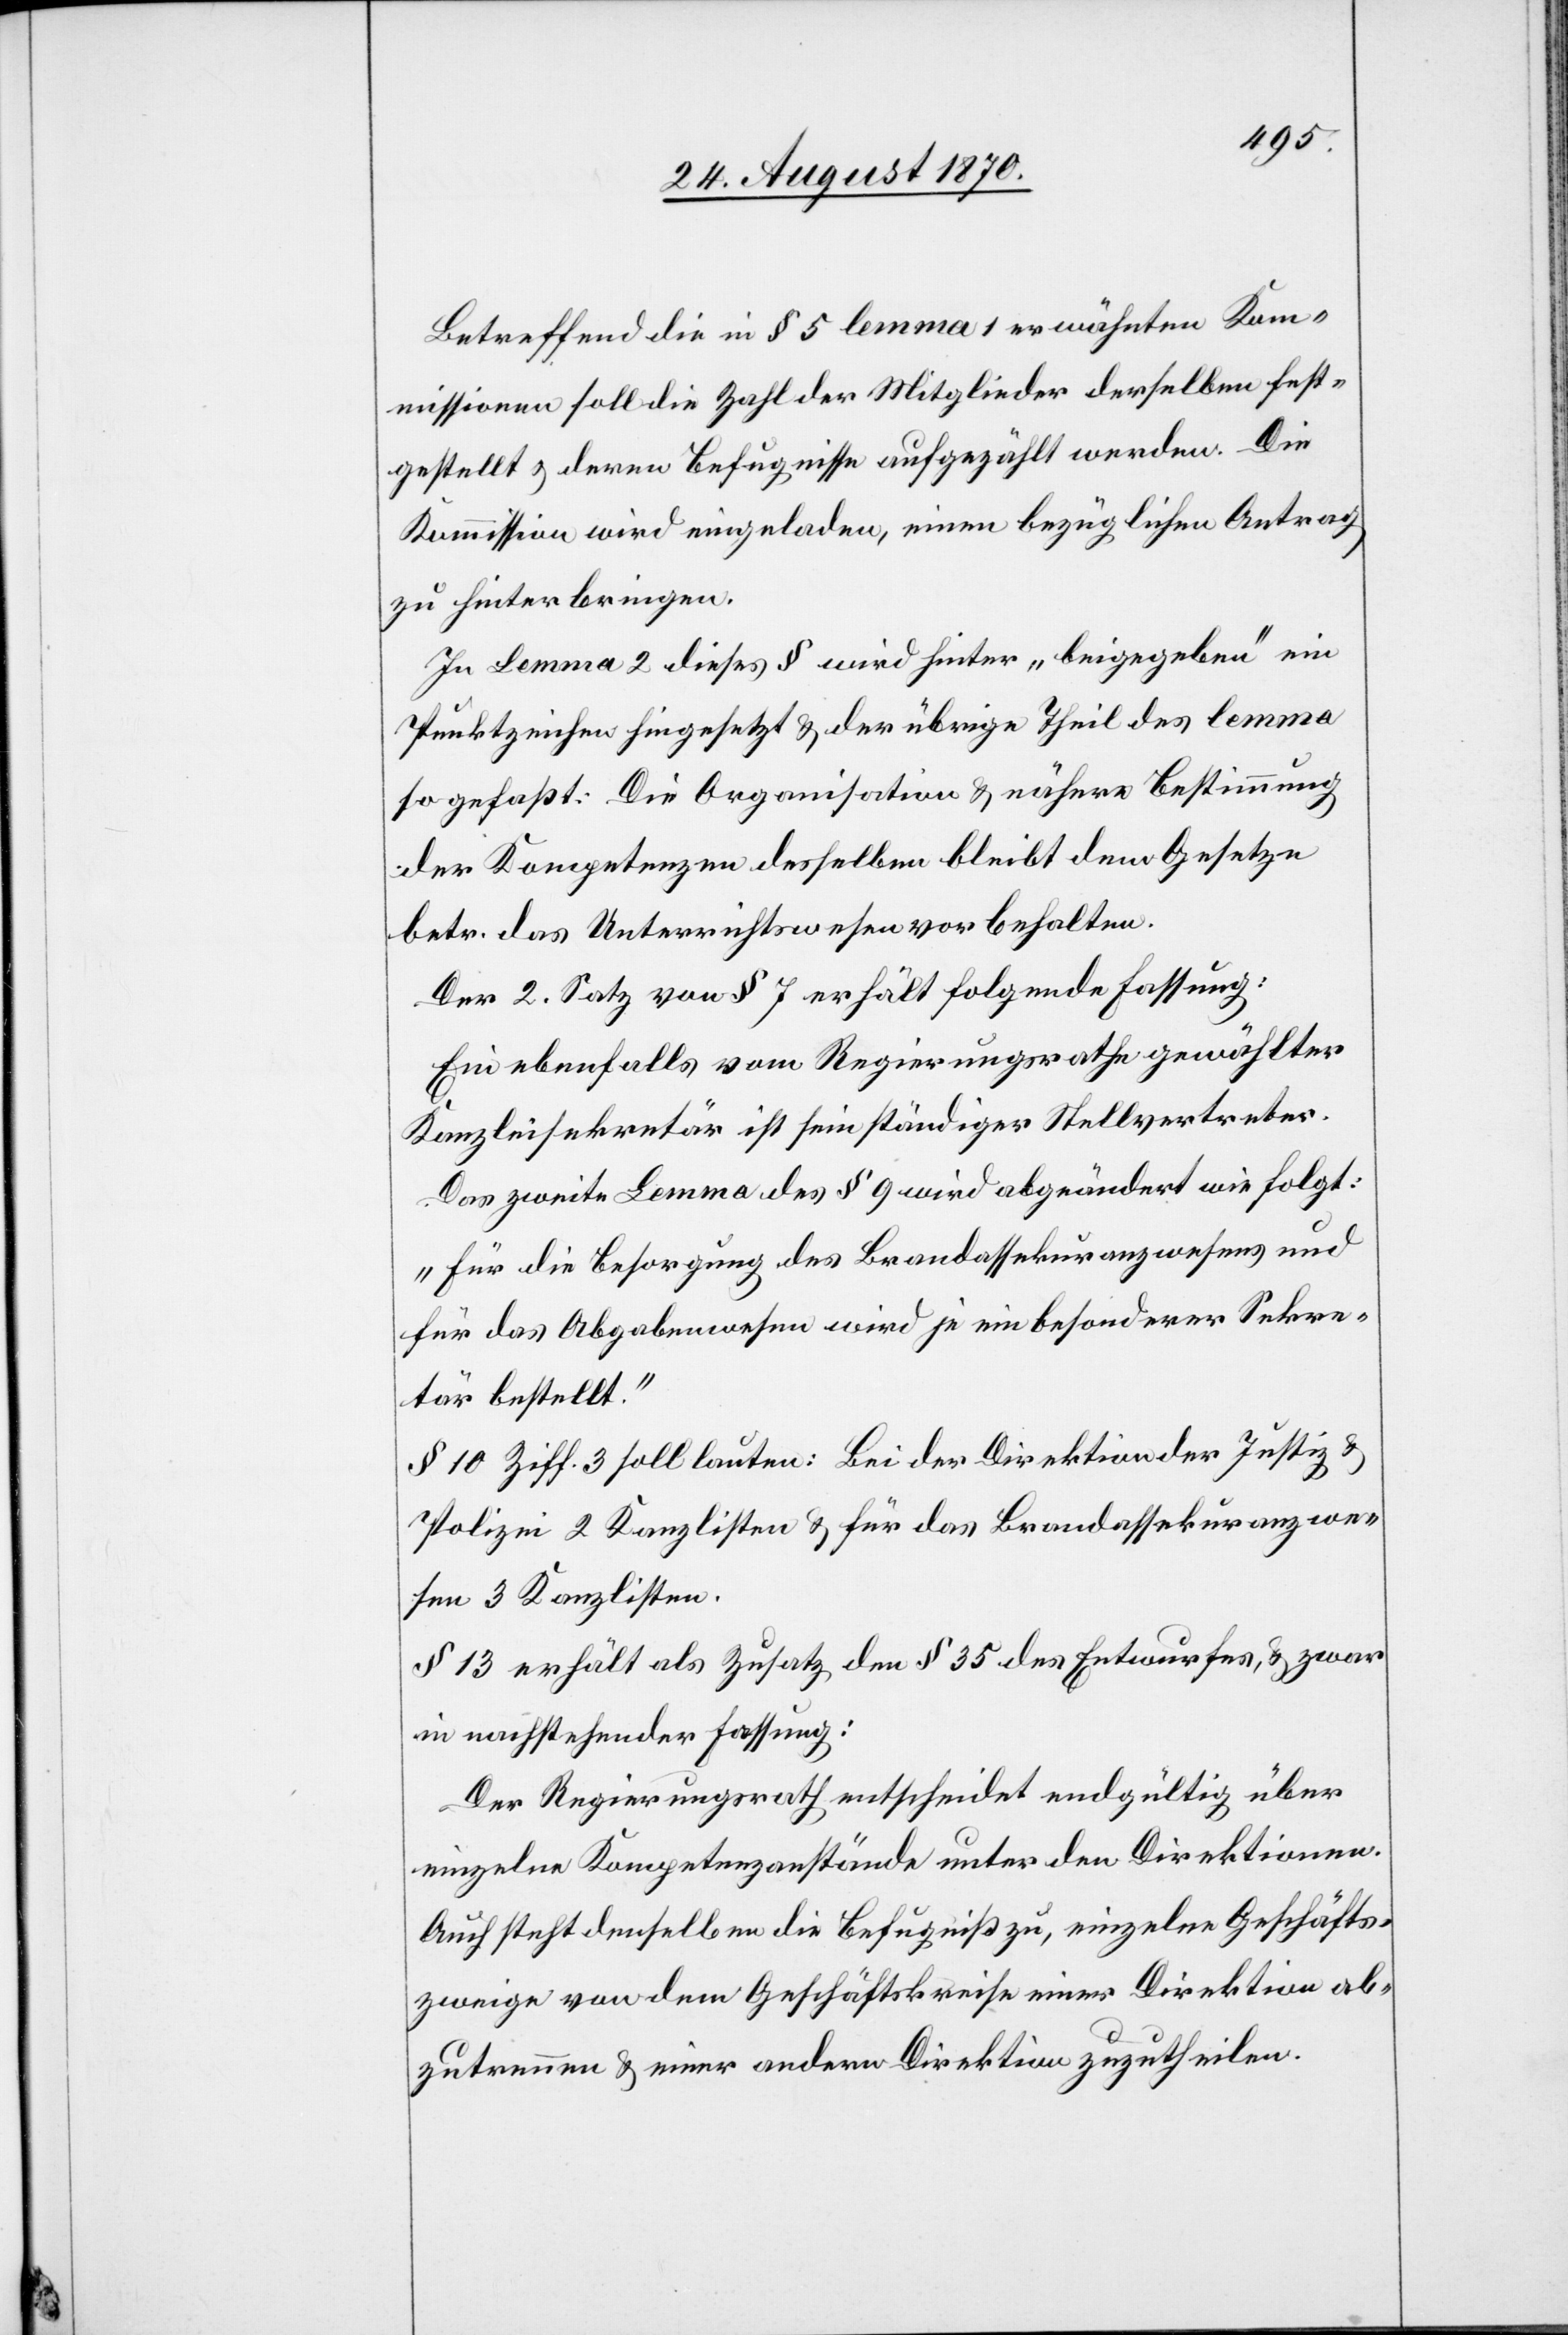
Betreffend die in § 5 lemma 1 erwähnten Kom¬
missionen soll die Zahl der Mitglieder derselben fest¬
gestellt & deren Befugnisse aufgezählt werden. Die
Kommission wird eingeladen, einen bezüglichen Antrag
zu hinterbringen.
In Lemma 2 dieses § wird hinter „beigegeben“ ein
Punktzeichen hingesetzt & der übrige Theil des lemma
so gefaßt: Die Organisation & nähere Bestimmung
der Kompetenzen desselben bleibt dem Gesetze
betr. das Unterrichtswesen vorbehalten
Der 2. Satz von § 7 erhält folgende Fassung:
Ein ebenfalls vom Regierungsrathe gewählter
Kanzleisekretär ist sein ständiger Stellvertreter.
Das zweite Lemma des § 9 wird abgeändert wie folgt:
„Für die Besorgung des Brandassekuranzwesens und
für das Abgabenwesen wird je ein besonderer Sekre¬
tär bestellt.“
§ 10 Ziff. 3 soll lauten: Bei der Direktion der Justiz &
Polizei 2 Kanzlisten & für das Brandassekuranzwe¬
sen 3 Kanzlisten.
§ 13 erhält als Zusatz den § 35 des Entwurfes, & zwar
in nachstehender Fassung:
Der Regierungsrath entscheidet endgültig über
einzelne Kompetenzanstände unter den Direktionen.
Auch steht denselben die Befugniß zu, einzelne Geschäfts¬
zweige von dem Geschäftskreise einer Direktion ab¬
zutrennen & einer andern Direktion zuzutheilen.